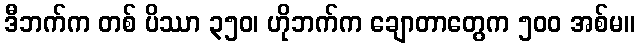
ဒီဘက်က တစ် ပိဿာ ၃၅၀၊ ဟိုဘက်က ချောတာတွေက ၅၀၀ အစ်မ။